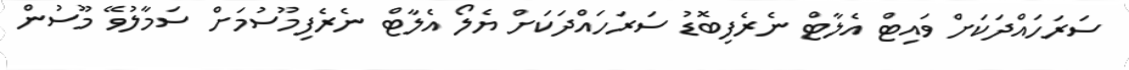
ސަރަހައްދަކަށް ވައިޓް އެލާޓް ނެރެފިބޮޑު ސަރަހައްދަކަށް ޔެލޯ އެލާޓް ނެރެފިމޫސުމަށް ސަމާލުވޭ މޫސުން